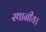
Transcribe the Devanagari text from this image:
स्‍थानीय।